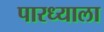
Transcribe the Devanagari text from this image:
पारध्याला